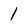
Character: 1